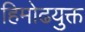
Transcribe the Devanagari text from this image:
हिमोढयुक्त